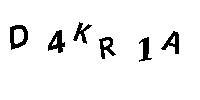
D4KR1A